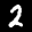
Label: 2